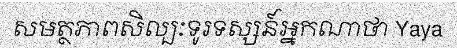
សមត្ថភាពសិល្បៈទូរទស្សន៍អ្នកណាថា Yaya